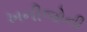
ખનીજોની